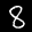
Label: 8